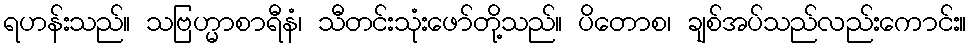
ရဟန်းသည်။ သဗြဟ္မာစာရီနံ၊ သီတင်းသုံးဖော်တို့သည်။ ပိတောစ၊ ချစ်အပ်သည်လည်းကောင်း။